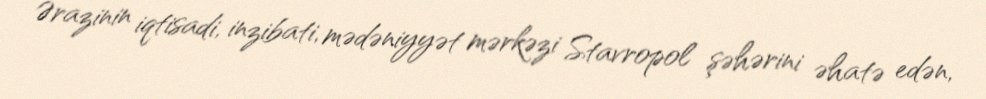
Ərazinin iqtisadi, inzibati, mədəniyyət mərkəzi Stavropol şəhərini əhatə edən,